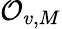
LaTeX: \mathcal{O}_{v,M}